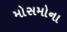
મોસમોના